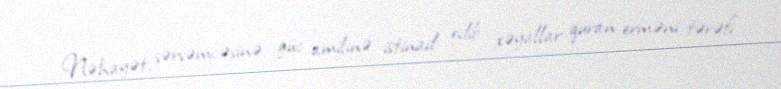
Nəhayət, sərsəmcəsinə güc amilinə istinad edib xəyallar quran erməni tərəfi